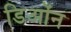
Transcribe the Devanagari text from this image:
डिओंन